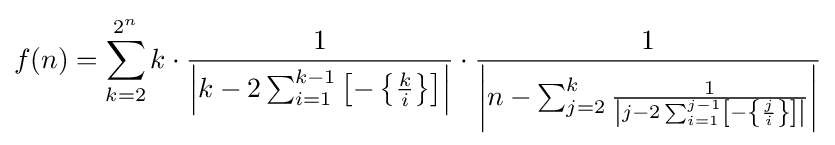
f(n)=\sum _{k=2}^{2^{n}}k\cdot {\frac {1}{\left|k-2\sum _{i=1}^{k-1}\left[-\left\{{\frac {k}{i}}\right\}\right]\right|}}\cdot {\frac {1}{\left|n-\sum _{j=2}^{k}{\frac {1}{\left|j-2\sum _{i=1}^{j-1}\left[-\left\{{\frac {j}{i}}\right\}\right]\right|}}\right|}}